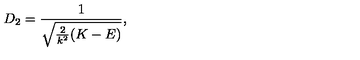
D _ { 2 } = \frac { 1 } { \sqrt { \frac { 2 } { k ^ { 2 } } ( K - E ) } } ,